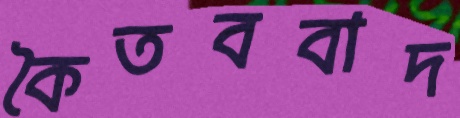
কৈতববাদ